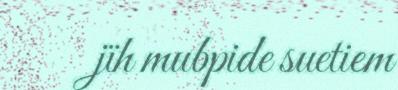
jïh mubpide suetiem